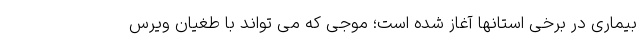
بیماری در برخی استانها آغاز شده است؛ موجی که می تواند با طغیان ویرس